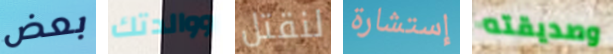
بعض ووالدتك لنقتل إستشارة وصديقته